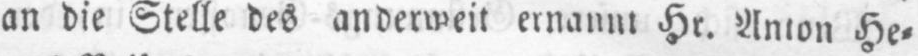
an die Stelle des anderweit ernannt Hr. Anton He⸗